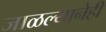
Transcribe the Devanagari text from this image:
जाळल्यानेही